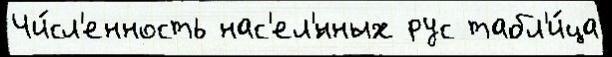
Чи́сл'енность нас'ел'́нных рус табл'и́ца